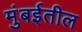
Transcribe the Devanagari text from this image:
मुंबर्इतील